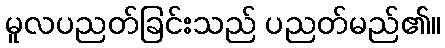
မူလပညတ်ခြင်းသည် ပညတ်မည်၏။